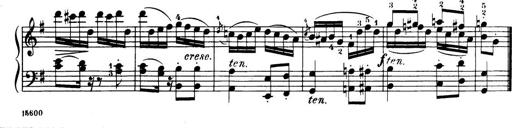
Title: 32 Sonatinas and Rondos for the Piano
Composer: Richard Kleinmichel